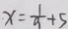
x = \frac { 1 } { 9 } + 5